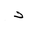
Letter: _dal